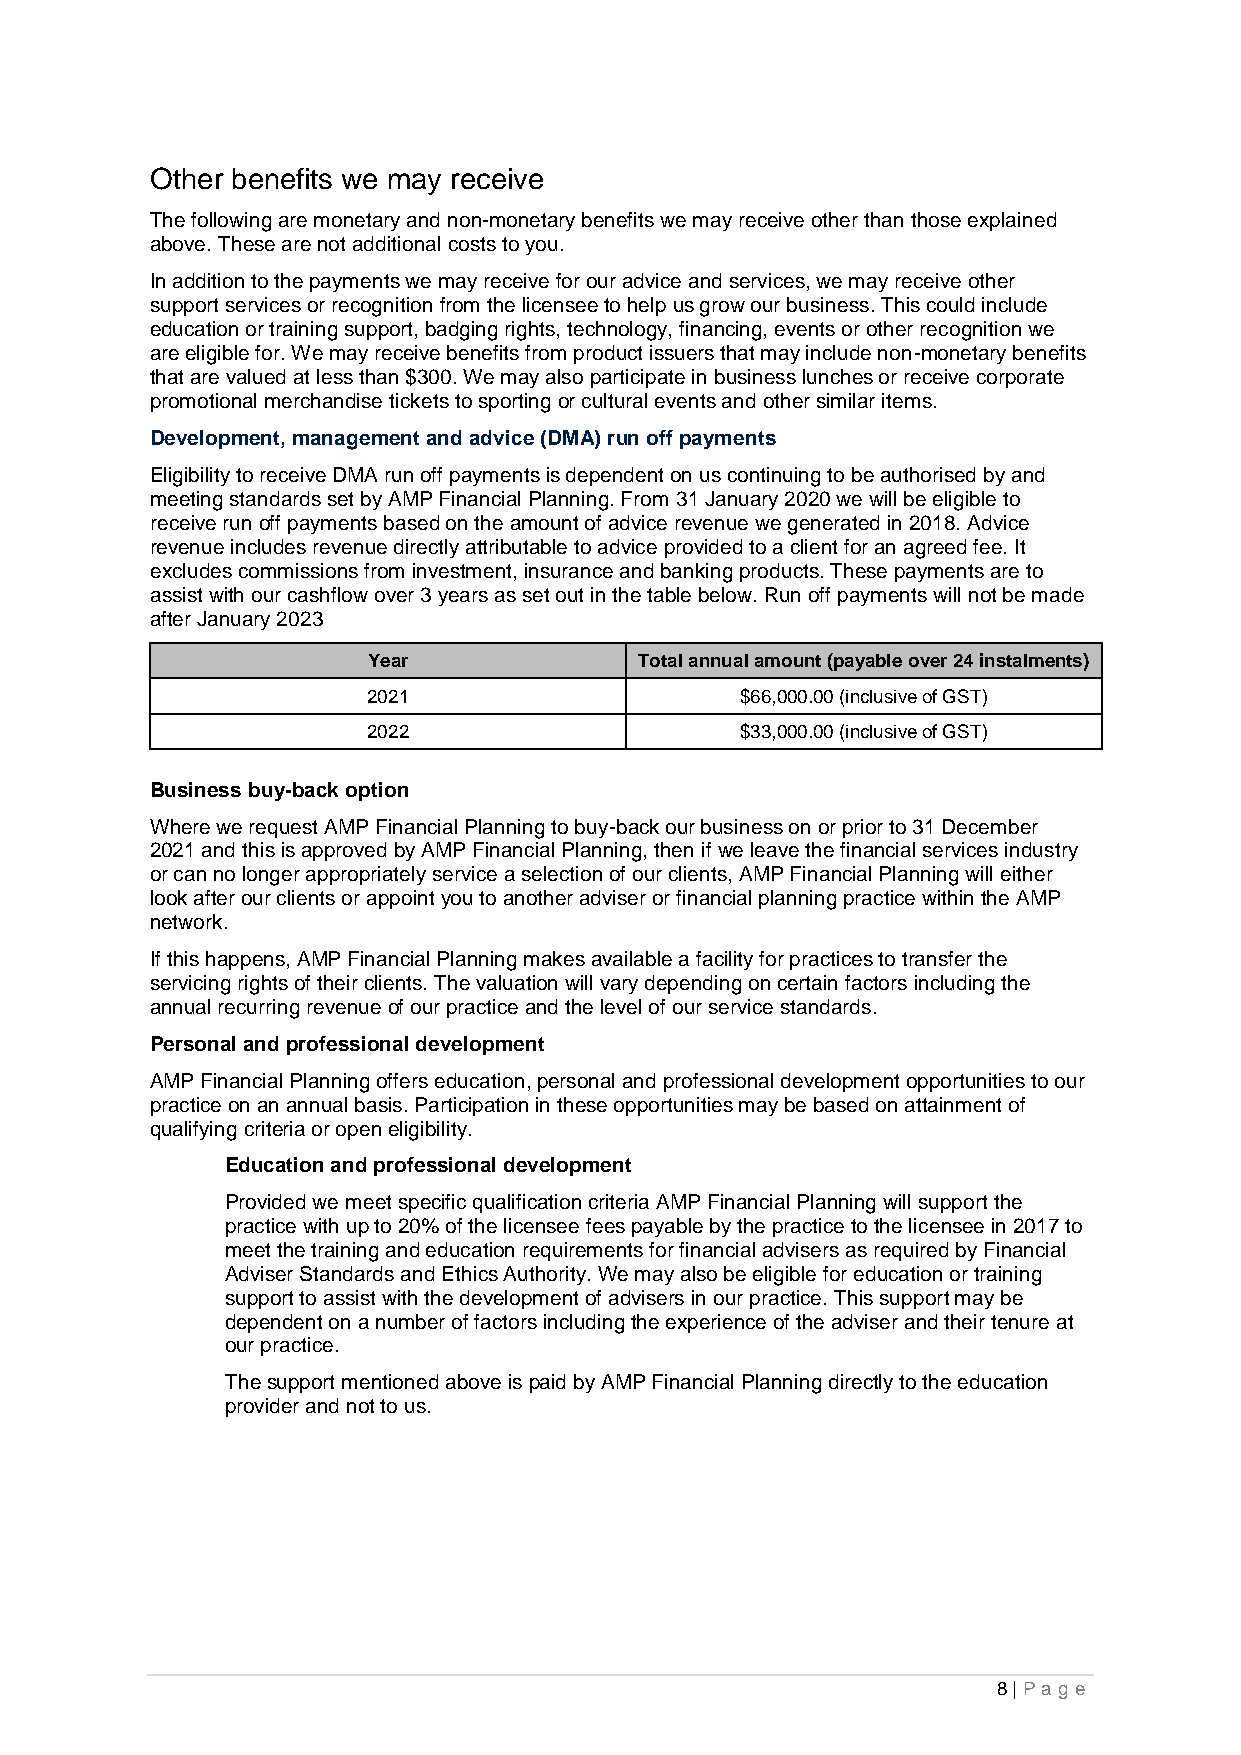
Other benefits we may receive
 The following are monetary and non-monetary benefits we may receive other than those explained
 above. These are not additional costs to you.
 In addition to the payments we may receive for our advice and services, we may receive other
 support services or recognition from the licensee to help us grow our business. This could include
 education or training support, badging rights, technology, financing, events or other recognition we
 are eligible for. We may receive benefits from product issuers that may include non-monetary benefits
 that are valued at less than $300. We may also participate in business lunches or receive corporate
 promotional merchandise tickets to sporting or cultural events and other similar items.
 Development, management and advice (DMA) run off payments
 Eligibility to receive DMA run off payments is dependent on us continuing to be authorised by and
 meeting standards set by AMP Financial Planning. From 31 January 2020 we will be eligible to
 receive run off payments based on the amount of advice revenue we generated in 2018. Advice
 revenue includes revenue directly attributable to advice provided to a client for an agreed fee. It
 excludes commissions from investment, insurance and banking products. These payments are to
 assist with our cashflow over 3 years as set out in the table below. Run off payments will not be made
 after January 2023
 Year              Total annual amount (payable over 24 instalments)
 2021                     $66,000.00 (inclusive of GST)
 2022                     $33,000.00 (inclusive of GST)
 Business buy-back option
 Where we request AMP Financial Planning to buy-back our business on or prior to 31 December
 2021 and this is approved by AMP Financial Planning, then if we leave the financial services industry
 or can no longer appropriately service a selection of our clients, AMP Financial Planning will either
 look after our clients or appoint you to another adviser or financial planning practice within the AMP
 network.
 If this happens, AMP Financial Planning makes available a facility for practices to transfer the
 servicing rights of their clients. The valuation will vary depending on certain factors including the
 annual recurring revenue of our practice and the level of our service standards.
 Personal and professional development
 AMP Financial Planning offers education, personal and professional development opportunities to our
 practice on an annual basis. Participation in these opportunities may be based on attainment of
 qualifying criteria or open eligibility.
 Education and professional development
 Provided we meet specific qualification criteria AMP Financial Planning will support the
 practice with up to 20% of the licensee fees payable by the practice to the licensee in 2017 to
 meet the training and education requirements for financial advisers as required by Financial
 Adviser Standards and Ethics Authority. We may also be eligible for education or training
 support to assist with the development of advisers in our practice. This support may be
 dependent on a number of factors including the experience of the adviser and their tenure at
 our practice.
 The support mentioned above is paid by AMP Financial Planning directly to the education
 provider and not to us.
 8 | Pag e